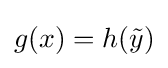
g(x)=h({\tilde {y}})